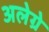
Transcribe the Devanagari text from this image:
अलेग्रे